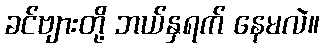
ခင်ဗျားတို့ ဘယ်နှရက် နေမလဲ။